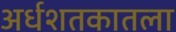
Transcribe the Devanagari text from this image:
अर्धशतकातला